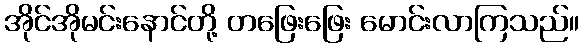
အိုင်အိုမင်းနောင်တို့ တဖြေးဖြေး မောင်းလာကြသည်။